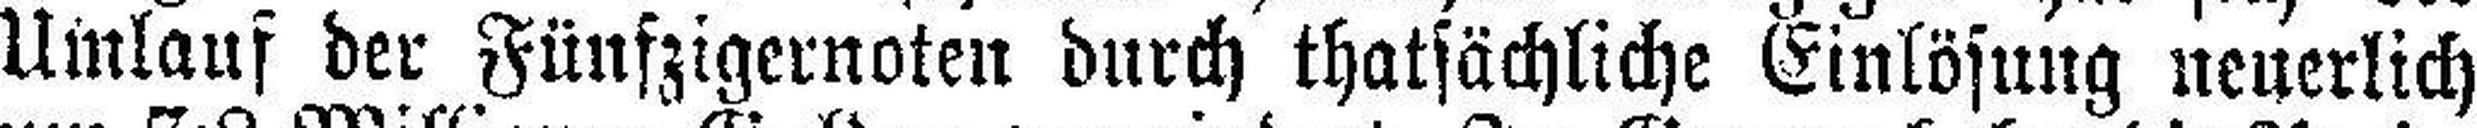
Umlauf der Fünfzigernoten durch thatsächliche Einlösung neuerlich